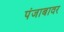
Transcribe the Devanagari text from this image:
पंजाबावर